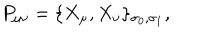
LaTeX: P _ { \mu \nu } = \{ X _ { \mu } , X _ { \nu } \} _ { \sigma _ { 0 } , \sigma _ { 1 } } ,